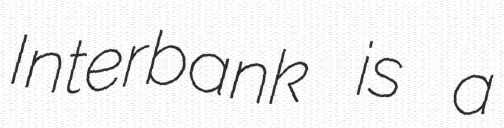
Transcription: Interbank is a